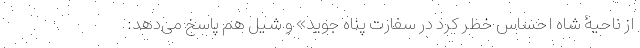
از ناحیۀ شاه احساس خطر کرد در سفارت پناه جوید» و شیل هم پاسخ می‌دهد: